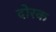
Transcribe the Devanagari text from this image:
दोरक